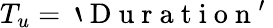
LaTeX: T_{u}=\mathrm{~`~D~u~r~a~t~i~o~n~'~}